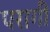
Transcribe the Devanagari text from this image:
परागी